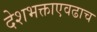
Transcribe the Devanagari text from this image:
देशभक्ताएवढाच